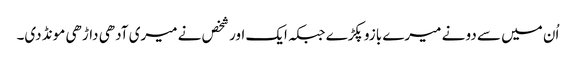
اُن میں سے دو نے میرے بازو پکڑے جبکہ ایک اور شخص نے میری آدھی داڑھی مونڈ دی۔